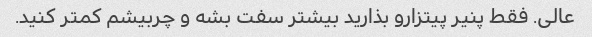
عالی. فقط پنیر پیتزارو بذارید بیشتر سفت بشه و چربیشم کمتر کنید.